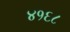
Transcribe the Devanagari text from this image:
४१६८